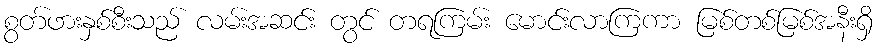
စွတ်ဖားနှစ်စီးသည် လမ်းအဆင်း တွင် တရကြမ်း မောင်းလာကြကာ မြစ်တစ်မြစ်အနီးရှိ